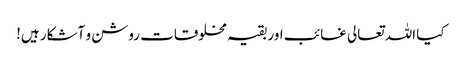
کیا اللہ تعالی غائب اور بقیہ مخلوقات روشن و آشکار ہیں!